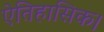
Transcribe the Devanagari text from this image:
ऐतिहासिक।